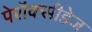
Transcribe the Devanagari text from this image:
पेरॉक्सीडेज